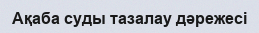
Ақаба суды тазалау дәрежесі